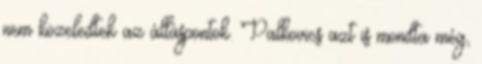
nem közeledtek az álláspontok. Palkovics azt is mondta még,